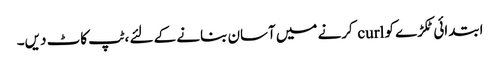
ابتدائی ٹکڑے کو curl کرنے میں آسان بنانے کے لئے ، ٹپ کاٹ دیں۔